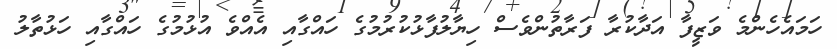
ހަމައެހެންމެ ވަޒީފާ އަދާކުރާ ފަރާތުންވެސް ހިޔާލުފާޅުކުރުމުގެ ހައްގާއި އެއްވެ އުޅުމުގެ ހައްގާއި ހަޅުތާލު